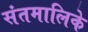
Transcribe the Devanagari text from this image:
संतमालिके